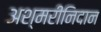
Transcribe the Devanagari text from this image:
अश्मरीनिदान